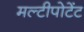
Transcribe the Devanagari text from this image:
मल्टीपोटेंट